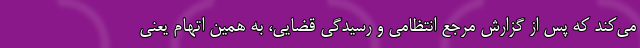
می‌کند که پس از گزارش مرجع انتظامی و رسیدگی قضایی، به همین اتهام یعنی